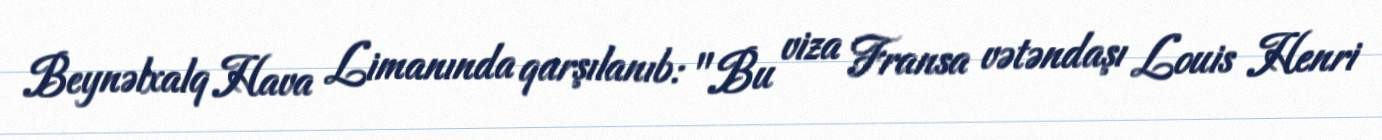
Beynəlxalq Hava Limanında qarşılanıb: "Bu viza Fransa vətəndaşı Louis Henri